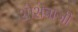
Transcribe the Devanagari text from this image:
शोशेबाजी